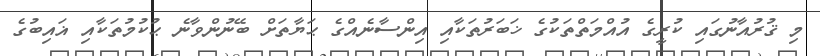
މި ޤުރުއާނުގައި ކުރީގެ އުއްމަތްތަކުގެ ޚަބަރުތަކާއި އިންސާނެއްގެ ޙަޔާތަށް ބޭނުންވާނެ ޙުކުމުތަކާއި ޣައިބުގެ